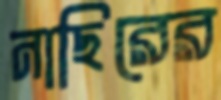
নাছিরের